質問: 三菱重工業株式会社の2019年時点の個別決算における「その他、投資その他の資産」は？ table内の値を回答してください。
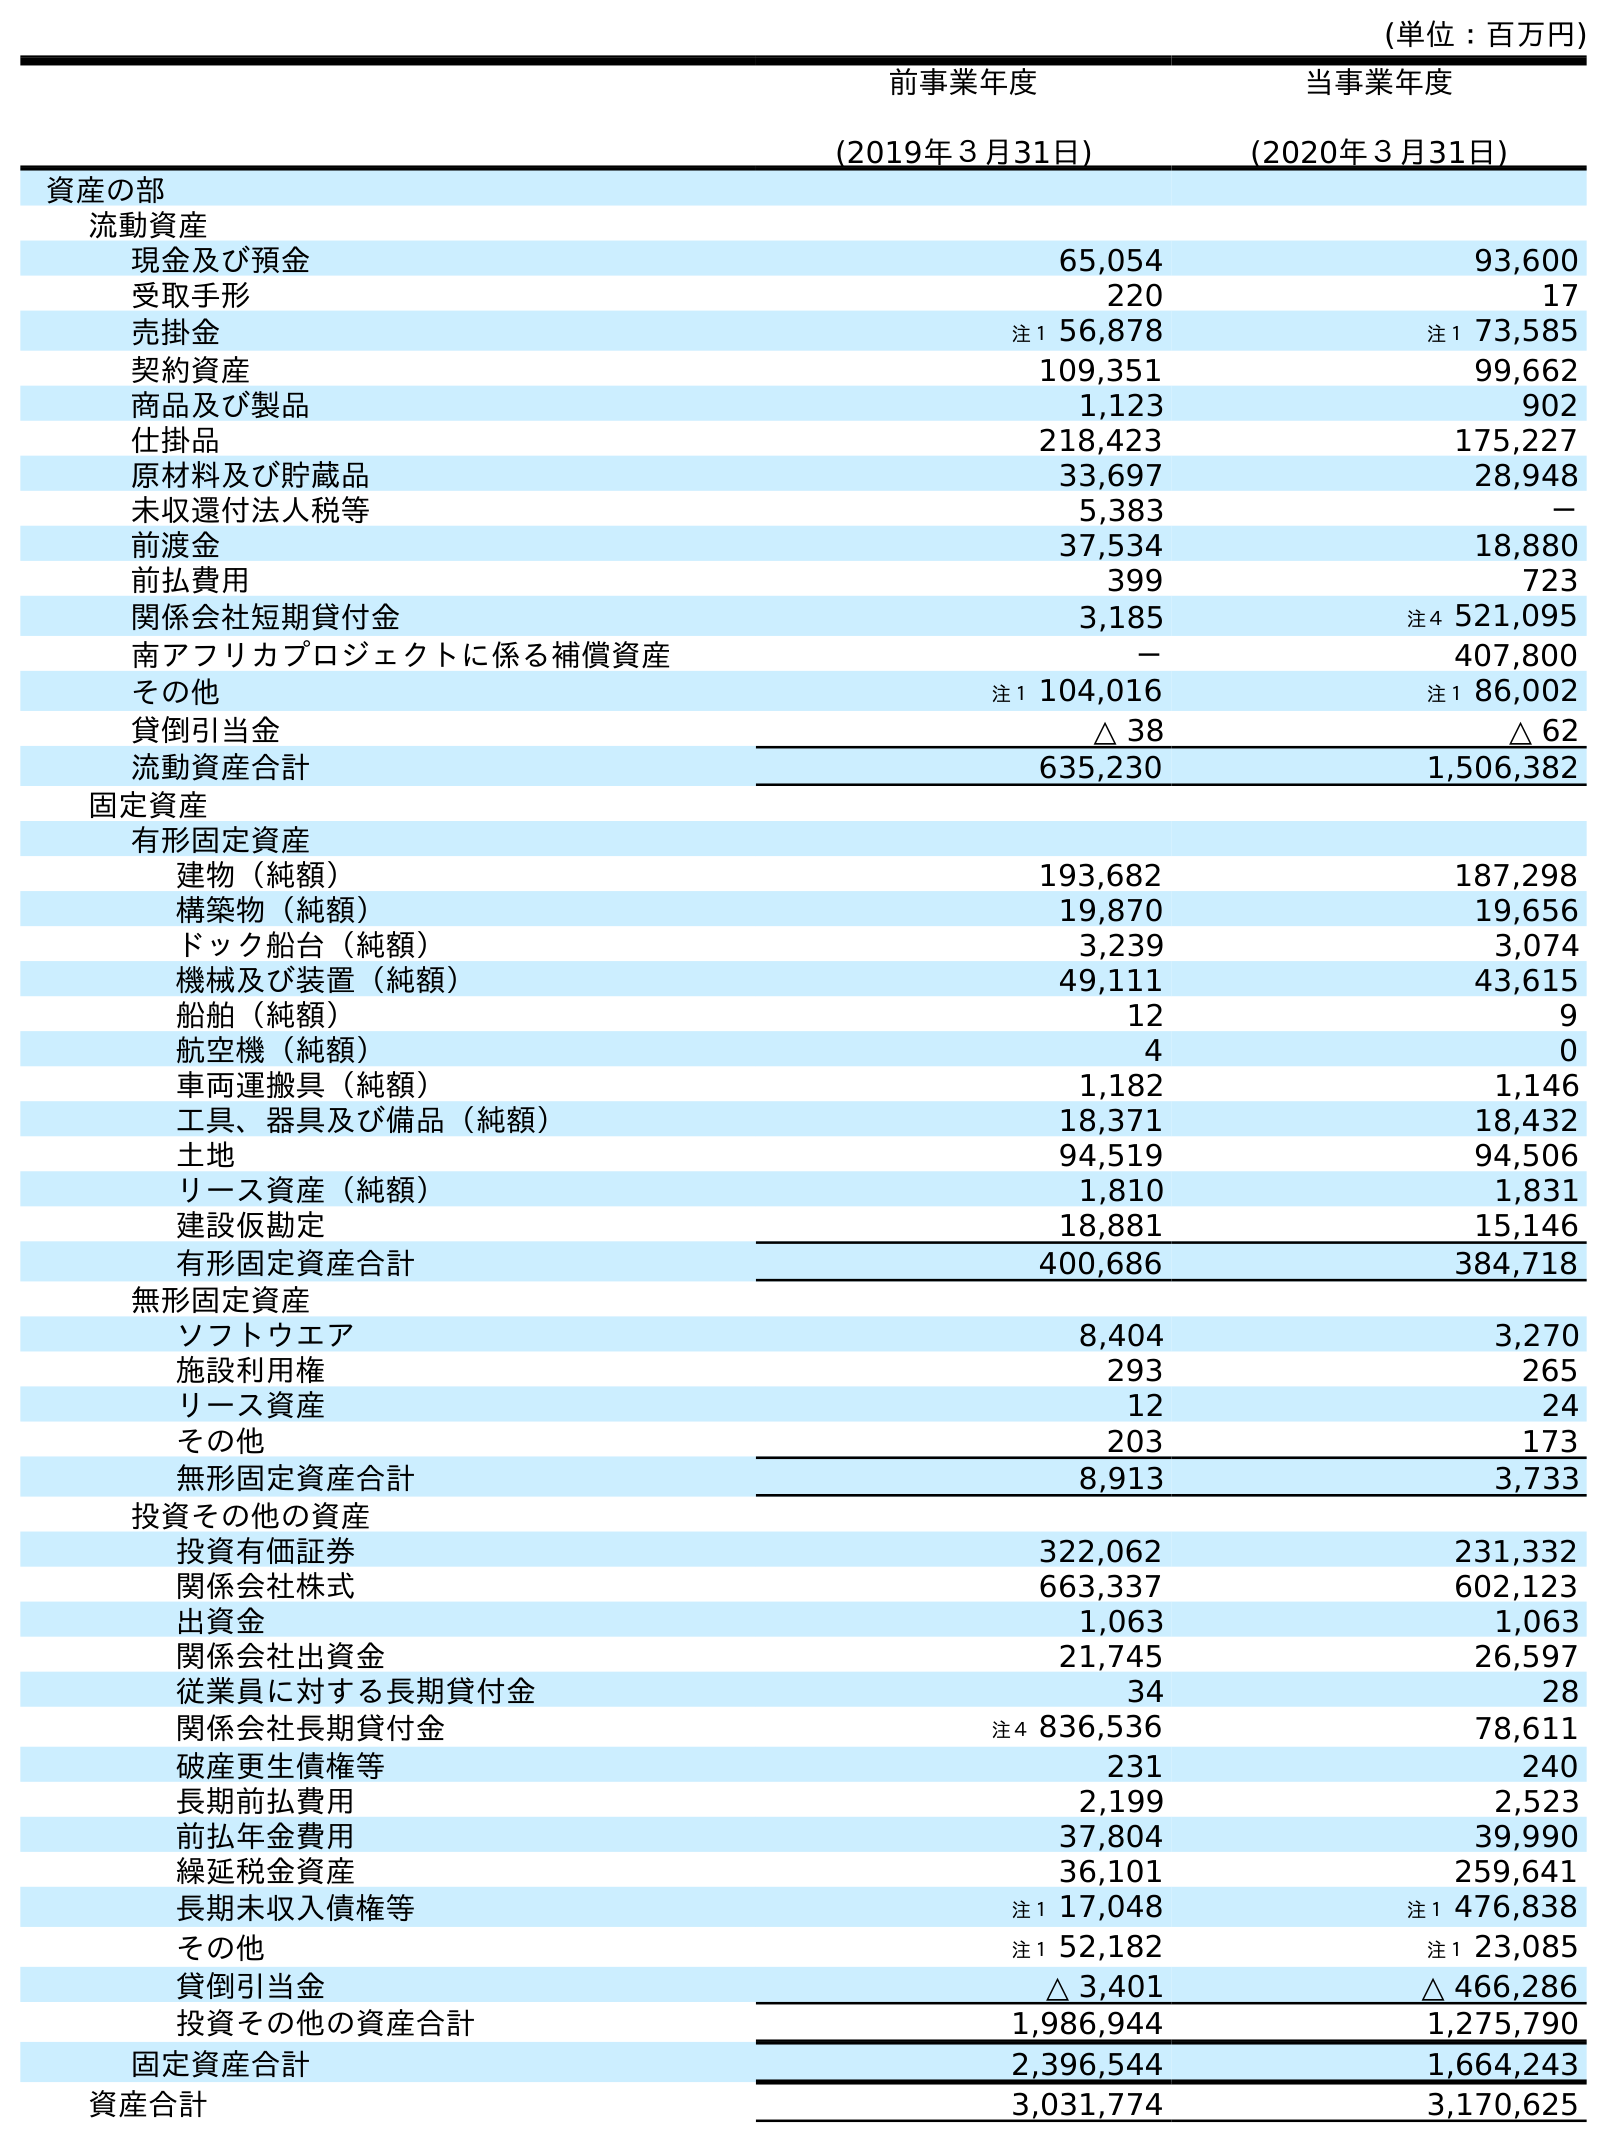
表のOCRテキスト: (単位：百万円) 前事業年度 (2019年３月31日) 当事業年度 (2020年３月31日) 資産の部 流動資産 現金及び預金 65,054 93,600 受取手形 220 17 売掛金 注１ 56,878 注１ 73,585 契約資産 109,351 99,662 商品及び製品 1,123 902 仕掛品 218,423 175,227 原材料及び貯蔵品 33,697 28,948 未収還付法人税等 5,383 － 前渡金 37,534 18,880 前払費用 399 723 関係会社短期貸付金 3,185 注４ 521,095 南アフリカプロジェクトに係る補償資産 － 407,800 その他 注１ 104,016 注１ 86,002 貸倒引当金 △ 38 △ 62 流動資産合計 635,230 1,506,382 固定資産 有形固定資産 建物（純額） 193,682 187,298 構築物（純額） 19,870 19,656 ドック船台（純額） 3,239 3,074 機械及び装置（純額） 49,111 43,615 船舶（純額） 12 9 航空機（純額） 4 0 車両運搬具（純額） 1,182 1,146 工具、器具及び備品（純額） 18,371 18,432 土地 94,519 94,506 リース資産（純額） 1,810 1,831 建設仮勘定 18,881 15,146 有形固定資産合計 400,686 384,718 無形固定資産 ソフトウエア 8,404 3,270 施設利用権 293 265 リース資産 12 24 その他 203 173 無形固定資産合計 8,913 3,733 投資その他の資産 投資有価証券 322,062 231,332 関係会社株式 663,337 602,123 出資金 1,063 1,063 関係会社出資金 21,745 26,597 従業員に対する長期貸付金 34 28 関係会社長期貸付金 注４ 836,536 78,611 破産更生債権等 231 240 長期前払費用 2,199 2,523 前払年金費用 37,804 39,990 繰延税金資産 36,101 259,641 長期未収入債権等 注１ 17,048 注１ 476,838 その他 注１ 52,182 注１ 23,085 貸倒引当金 △ 3,401 △ 466,286 投資その他の資産合計 1,986,944 1,275,790 固定資産合計 2,396,544 1,664,243 資産合計 3,031,774 3,170,625
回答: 注１52,182